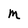
Character: M